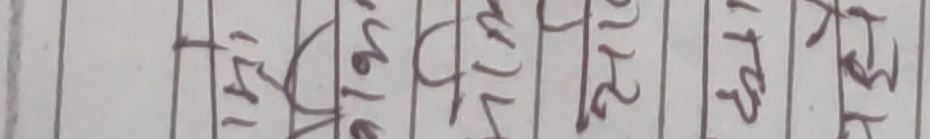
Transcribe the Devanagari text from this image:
१५१२ सालतिर मल्ल